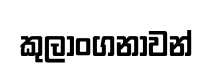
කුලාංගනාවන්